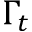
\Gamma _ { t }